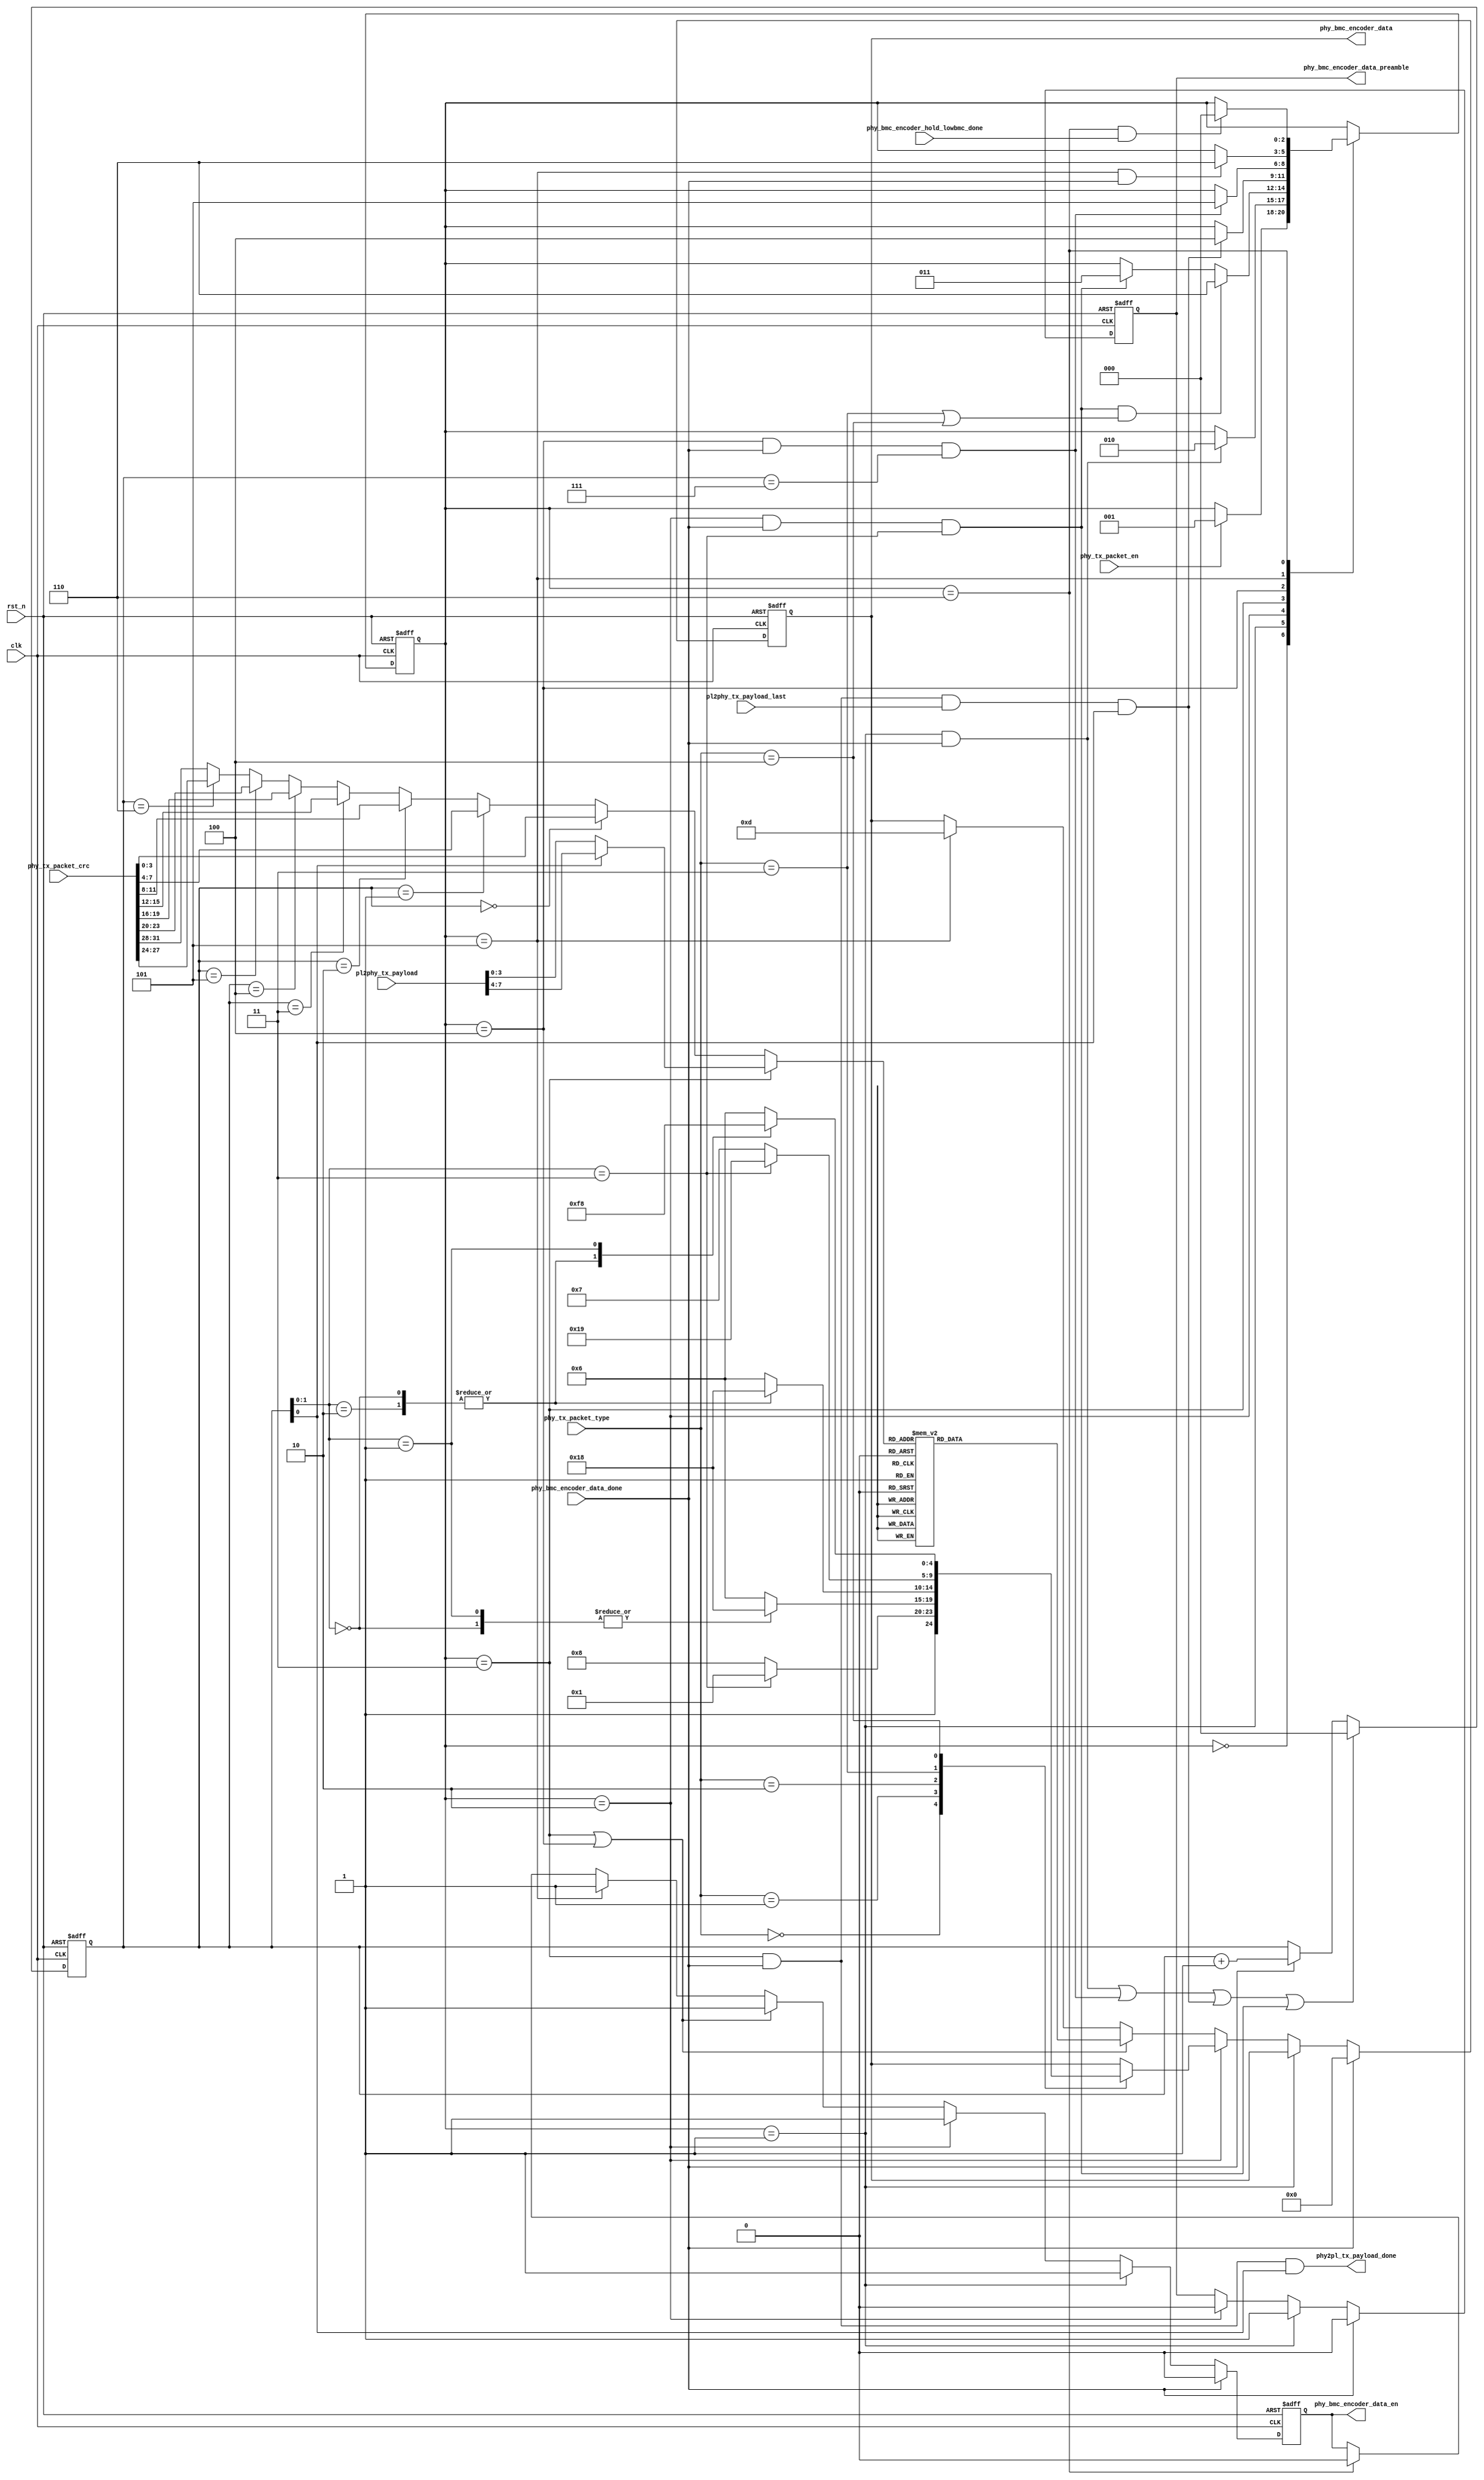
`timescale 1ns / 1ps
//////////////////////////////////////////////////////////////////////////////////
// Company: 
// Engineer: 
// 
// Design Name: 
// Module Name:    tx_packet_editor 
// Project Name: 
// Target Devices: 
// Tool versions: 
// Description: 
//
// Dependencies: 
//
// Revision: 
// Revision 0.01 - File Created
// Additional Comments: 
//
//////////////////////////////////////////////////////////////////////////////////
module phy_tx_packet_editor(
    clk,
    rst_n,

    pl2phy_tx_payload,
    pl2phy_tx_payload_last,
    phy2pl_tx_payload_done,

    phy_tx_packet_en,
    phy_tx_packet_type,

    phy_tx_packet_crc,

    phy_bmc_encoder_data_en,
    phy_bmc_encoder_data,
    phy_bmc_encoder_data_preamble,
    phy_bmc_encoder_data_done,
    phy_bmc_encoder_hold_lowbmc_done

    );

input     clk;
input     rst_n;

input     [7:0] pl2phy_tx_payload;
input     pl2phy_tx_payload_last;
output    phy2pl_tx_payload_done;

output    phy_bmc_encoder_data_en;
output    [4:0] phy_bmc_encoder_data;
output    phy_bmc_encoder_data_preamble;
input     phy_bmc_encoder_data_done;
input     phy_bmc_encoder_hold_lowbmc_done;

input     [31:0] phy_tx_packet_crc;

input     phy_tx_packet_en;
input     [2:0] phy_tx_packet_type;

reg       phy_bmc_encoder_data_en;
reg       [4:0] phy_bmc_encoder_data;
reg       phy_bmc_encoder_data_preamble;



localparam TX_IDLE     = 3'h0;
localparam TX_PREABBLE = 3'h1;
localparam TX_SOP      = 3'h2;
localparam TX_PAYLAOD  = 3'h3;
localparam TX_CRC      = 3'h4;
localparam TX_EOP      = 3'h5;
localparam TX_HOLD_BMC = 3'h6;

localparam K_CODE_SYNC_1 = 5'b11000;
localparam K_CODE_SYNC_2 = 5'b10001;
localparam K_CODE_SYNC_3 = 5'b00110;
localparam K_CODE_RST_1  = 5'b00111;
localparam K_CODE_RST_2  = 5'b11001;
localparam K_CODE_EOP    = 5'b01101;

localparam SOP_TYPE_SOP         = 3'h0;
localparam SOP_TYPE_SOPP        = 3'h1;
localparam SOP_TYPE_SOPPP       = 3'h2;
localparam SOP_TYPE_HARDRESET   = 3'h3;
localparam SOP_TYPE_CABLERESET  = 3'h4;

reg       [2:0] phy_tx_packet_cur_st;
reg       [2:0] phy_tx_packet_nxt_st;

wire      phy_tx_packet_cur_is_idle;
wire      phy_tx_packet_cur_is_preamble;
wire      phy_tx_packet_cur_is_sop;
wire      phy_tx_packet_cur_is_payload;
wire      phy_tx_packet_cur_is_crc;
wire      phy_tx_packet_cur_is_eop;
wire      phy_tx_packet_cur_is_hold_bmc;

wire      phy_tx_packet_preamble_done;
wire      phy_tx_packet_sop_done;
wire      phy_tx_packet_payload_done;
wire      phy_tx_packet_crc_done;
wire      phy_tx_packet_eop_done;
wire      phy_tx_packet_hold_bmc_done;

wire      phy_tx_packet_no_payload;

reg       [2:0] phy_tx_packet_cnt;
wire      [3:0] phy_tx_packet_data;
wire      [3:0] phy_tx_packet_payload_data;
wire      [3:0] phy_tx_packet_crc_data;




always @(posedge clk or negedge rst_n) begin
       if(!rst_n) begin
              phy_tx_packet_cur_st <= TX_IDLE;
       end
       else begin
              phy_tx_packet_cur_st <= phy_tx_packet_nxt_st;
       end
end

always @(*) begin
        phy_tx_packet_nxt_st = phy_tx_packet_cur_st;

        case(phy_tx_packet_cur_st)
          TX_IDLE: begin
            if(phy_tx_packet_en) begin
               phy_tx_packet_nxt_st = TX_PREABBLE;
            end
          end
          TX_PREABBLE: begin
            if(phy_tx_packet_preamble_done) begin
               phy_tx_packet_nxt_st = TX_SOP;
            end
          end
          TX_SOP: begin
            if(phy_tx_packet_sop_done && phy_tx_packet_no_payload) begin
               phy_tx_packet_nxt_st = TX_HOLD_BMC;
            end
            else if(phy_tx_packet_sop_done) begin
               phy_tx_packet_nxt_st = TX_PAYLAOD;
            end
          end
          TX_PAYLAOD: begin
            if(phy_tx_packet_payload_done) begin
               phy_tx_packet_nxt_st = TX_CRC;
            end
          end
          TX_CRC: begin
            if(phy_tx_packet_crc_done) begin
               phy_tx_packet_nxt_st = TX_EOP;
            end
          end
          TX_EOP: begin
            if(phy_tx_packet_eop_done) begin
               phy_tx_packet_nxt_st = TX_HOLD_BMC;
            end
          end
          TX_HOLD_BMC: begin
            if(phy_tx_packet_hold_bmc_done) begin
               phy_tx_packet_nxt_st = TX_IDLE;
            end
          end
	  default;
        endcase
end

assign    phy_tx_packet_cur_is_idle        = (phy_tx_packet_cur_st == TX_IDLE);
assign    phy_tx_packet_cur_is_preamble    = (phy_tx_packet_cur_st == TX_PREABBLE);
assign    phy_tx_packet_cur_is_sop         = (phy_tx_packet_cur_st == TX_SOP);
assign    phy_tx_packet_cur_is_payload     = (phy_tx_packet_cur_st == TX_PAYLAOD);
assign    phy_tx_packet_cur_is_crc         = (phy_tx_packet_cur_st == TX_CRC);
assign    phy_tx_packet_cur_is_eop         = (phy_tx_packet_cur_st == TX_EOP);
assign    phy_tx_packet_cur_is_hold_bmc    = (phy_tx_packet_cur_st == TX_HOLD_BMC);

//bmc period
always @(posedge clk or negedge rst_n) begin
       if(!rst_n) begin
              phy_tx_packet_cnt <= 3'h0;
       end
       else if(phy_tx_packet_preamble_done || phy_tx_packet_crc_done || phy_tx_packet_payload_done || phy_tx_packet_sop_done) begin
              phy_tx_packet_cnt <= 3'h0;
       end
       else if(phy_bmc_encoder_data_done) begin
              phy_tx_packet_cnt <= phy_tx_packet_cnt + 1'h1;
       end
end

assign    phy_tx_packet_preamble_done = phy_tx_packet_cur_is_preamble && phy_bmc_encoder_data_done;
assign    phy_tx_packet_sop_done      = phy_tx_packet_cur_is_sop      && phy_bmc_encoder_data_done && (phy_tx_packet_cnt[1:0] == 2'h3);
assign    phy_tx_packet_payload_done  = phy_tx_packet_cur_is_payload  && phy_bmc_encoder_data_done && pl2phy_tx_payload_last && (phy_tx_packet_cnt[0] == 1'h1);
assign    phy_tx_packet_crc_done      = phy_tx_packet_cur_is_crc      && phy_bmc_encoder_data_done && (phy_tx_packet_cnt[2:0] == 3'h7);
assign    phy_tx_packet_eop_done      = phy_tx_packet_cur_is_eop      && phy_bmc_encoder_data_done;
assign    phy_tx_packet_hold_bmc_done = phy_tx_packet_cur_is_hold_bmc && phy_bmc_encoder_hold_lowbmc_done;

assign    phy_tx_packet_no_payload    = (phy_tx_packet_type == SOP_TYPE_HARDRESET) || (phy_tx_packet_type == SOP_TYPE_CABLERESET);

always @(posedge clk or negedge rst_n) begin
       if(!rst_n) begin
              phy_bmc_encoder_data_en <= 1'h0;
              phy_bmc_encoder_data <= 5'h0;
              phy_bmc_encoder_data_preamble <= 1'h0;
       end
       else if(phy_bmc_encoder_data_done) begin
              phy_bmc_encoder_data_en <= 1'h0;
              phy_bmc_encoder_data <= 5'h0;
              phy_bmc_encoder_data_preamble <= 1'h0;
       end
       else if(phy_tx_packet_cur_is_preamble) begin
              phy_bmc_encoder_data_en <= 1'h1;
              phy_bmc_encoder_data_preamble <= 1'h1;
       end
       else if(phy_tx_packet_cur_is_sop) begin
              phy_bmc_encoder_data_en <= 1'h1;
              phy_bmc_encoder_data_preamble <= 1'h0;

	      case(phy_tx_packet_type) 
		  SOP_TYPE_SOP: begin
			  case(phy_tx_packet_cnt[1:0])
			      2'h3:       phy_bmc_encoder_data <= K_CODE_SYNC_2;
			      default:    phy_bmc_encoder_data <= K_CODE_SYNC_1;
			  endcase
		  end
		  SOP_TYPE_SOPP: begin
			  case(phy_tx_packet_cnt[1:0])
			      2'h0, 2'h1: phy_bmc_encoder_data <= K_CODE_SYNC_1;
			      default:    phy_bmc_encoder_data <= K_CODE_SYNC_3;
			  endcase
		  end
		  SOP_TYPE_SOPPP: begin
			  case(phy_tx_packet_cnt[1:0])
			      2'h0, 2'h2: phy_bmc_encoder_data <= K_CODE_SYNC_1;
			      default:    phy_bmc_encoder_data <= K_CODE_SYNC_3;
			  endcase
		  end
		  SOP_TYPE_HARDRESET: begin
			  case(phy_tx_packet_cnt[1:0])
			      2'h3:       phy_bmc_encoder_data <= K_CODE_RST_2;
			      default:    phy_bmc_encoder_data <= K_CODE_RST_1;
			  endcase
		  end
		  SOP_TYPE_CABLERESET: begin
			  case(phy_tx_packet_cnt[1:0])
			      2'h0, 2'h2: phy_bmc_encoder_data <= K_CODE_RST_1;
			      2'h1:       phy_bmc_encoder_data <= K_CODE_SYNC_1;
			      default:    phy_bmc_encoder_data <= K_CODE_SYNC_3;
			  endcase
		  end
		  default;
	      endcase
       end
       else if(phy_tx_packet_cur_is_payload || phy_tx_packet_cur_is_crc) begin
              phy_bmc_encoder_data_en <= 1'h1;

	      case(phy_tx_packet_data)
	          4'h0: phy_bmc_encoder_data <= 5'b11110;
	          4'h1: phy_bmc_encoder_data <= 5'b01001;
	          4'h2: phy_bmc_encoder_data <= 5'b10100;
	          4'h3: phy_bmc_encoder_data <= 5'b10101;
	          4'h4: phy_bmc_encoder_data <= 5'b01010;
	          4'h5: phy_bmc_encoder_data <= 5'b01011;
	          4'h6: phy_bmc_encoder_data <= 5'b01110;
	          4'h7: phy_bmc_encoder_data <= 5'b01111;
	          4'h8: phy_bmc_encoder_data <= 5'b10010;
	          4'h9: phy_bmc_encoder_data <= 5'b10011;
	          4'ha: phy_bmc_encoder_data <= 5'b10110;
	          4'hb: phy_bmc_encoder_data <= 5'b10111;
	          4'hc: phy_bmc_encoder_data <= 5'b11010;
	          4'hd: phy_bmc_encoder_data <= 5'b11011;
	          4'he: phy_bmc_encoder_data <= 5'b11100;
	          4'hf: phy_bmc_encoder_data <= 5'b11101;
	          default;
	      endcase
       end
       else if(phy_tx_packet_cur_is_eop) begin
              phy_bmc_encoder_data_en <= 1'h1;
	      phy_bmc_encoder_data <= K_CODE_EOP;
       end
       else if(phy_tx_packet_cur_is_hold_bmc) begin
              phy_bmc_encoder_data_en <= 1'h0;
       end

end


assign    phy_tx_packet_payload_data    = phy_tx_packet_cnt[0] ? pl2phy_tx_payload[7:4] : pl2phy_tx_payload[3:0]; 
assign    phy_tx_packet_crc_data        = 
	                              (phy_tx_packet_cnt[2:0] == 3'h0) ? phy_tx_packet_crc[ 3: 0] :
	                              (phy_tx_packet_cnt[2:0] == 3'h1) ? phy_tx_packet_crc[ 7: 4] :
	                              (phy_tx_packet_cnt[2:0] == 3'h2) ? phy_tx_packet_crc[11: 8] :
	                              (phy_tx_packet_cnt[2:0] == 3'h3) ? phy_tx_packet_crc[15:12] :
	                              (phy_tx_packet_cnt[2:0] == 3'h4) ? phy_tx_packet_crc[19:16] :
	                              (phy_tx_packet_cnt[2:0] == 3'h5) ? phy_tx_packet_crc[23:20] :
	                              (phy_tx_packet_cnt[2:0] == 3'h6) ? phy_tx_packet_crc[27:24] :
    	                                                                 phy_tx_packet_crc[31:28] ;
assign    phy_tx_packet_data            = phy_tx_packet_cur_is_payload ? phy_tx_packet_payload_data : phy_tx_packet_crc_data;

assign    phy2pl_tx_payload_done    = phy_tx_packet_cur_is_payload && phy_bmc_encoder_data_done && (phy_tx_packet_cnt[0] == 1'h1);

endmodule